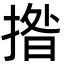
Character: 揝